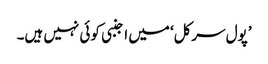
’پول سرکل‘ میں اجنبی کوئی نہیں ہیں۔